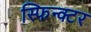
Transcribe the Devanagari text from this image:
स्फिन्क्टर